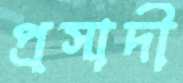
প্রসাদী